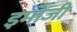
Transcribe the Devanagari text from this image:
इमोजी